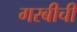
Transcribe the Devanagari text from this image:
गरबीची